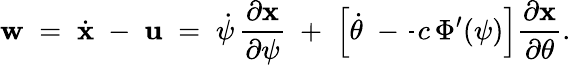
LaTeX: {\mathbf w}\; =\; \dot{\mathbf x}\; -\; {\mathbf u}\; =\; \dot{\psi}\, \frac{\partial\mathbf x}{\partial\psi}\; +\; \left[\dot{\theta}\; -\frac{}{}c\, \Phi^{\prime}(\psi)\right]\frac{\partial\mathbf x}{\partial\theta}.